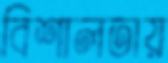
বিশালতায়